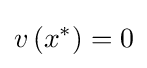
v\left(x^{*}\right)=0